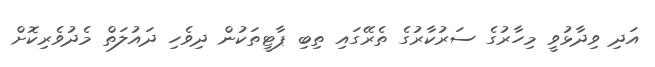
އަދި ވިދާޅުވީ މިހާރުގެ ސަރުކާރުގެ ތެރޭގައި ތިބި ޕާޓީތަކުން ދިވެހި ދައުލަތް މެދުވެރިކޮށް